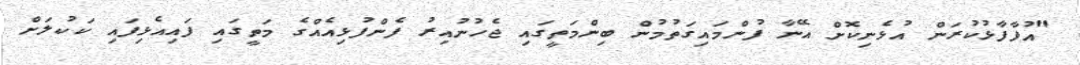
"އުފާފާޅުކުރަން އުޅެނިކޮށް އޭނާ ފުންމައިގަތުމުން ބިންމަތީގައި ޖެހުނުއިރު ފެންފުޅިއެއްގެ މަތީގައި ފައިއެޅިފައި ކަކުލަށް